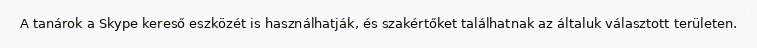
A tanárok a Skype kereső eszközét is használhatják, és szakértőket találhatnak az általuk választott területen.